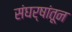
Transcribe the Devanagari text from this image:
संघर्षांतून